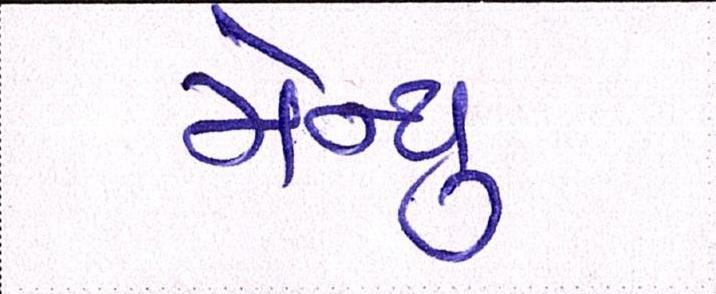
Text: મેન્યુ